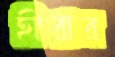
হীরার